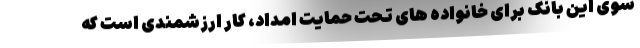
سوی این بانک برای خانواده های تحت حمایت امداد، کار ارزشمندی است که